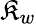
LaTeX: \mathfrak{K}_{w}